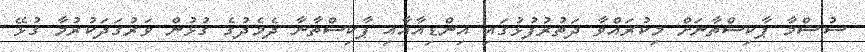
ސުޝްމާ ޕާކިސްތާނަށް މިކުރައްވާ ދަތުރުފުޅުގައި އިންޑިއާއާއި ޕާކިސްތާނާ ދެމެދުގެ ގުޅުން ވަރުގަދަކުރުމާ ގުޅޭ